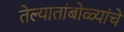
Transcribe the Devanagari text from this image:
तेल्यातांबोळ्यांचे